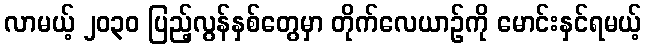
လာမယ့် ၂၀၃၀ ပြည့်လွန်နှစ်တွေမှာ တိုက်လေယာဉ်ကို မောင်းနှင်ရမယ့်